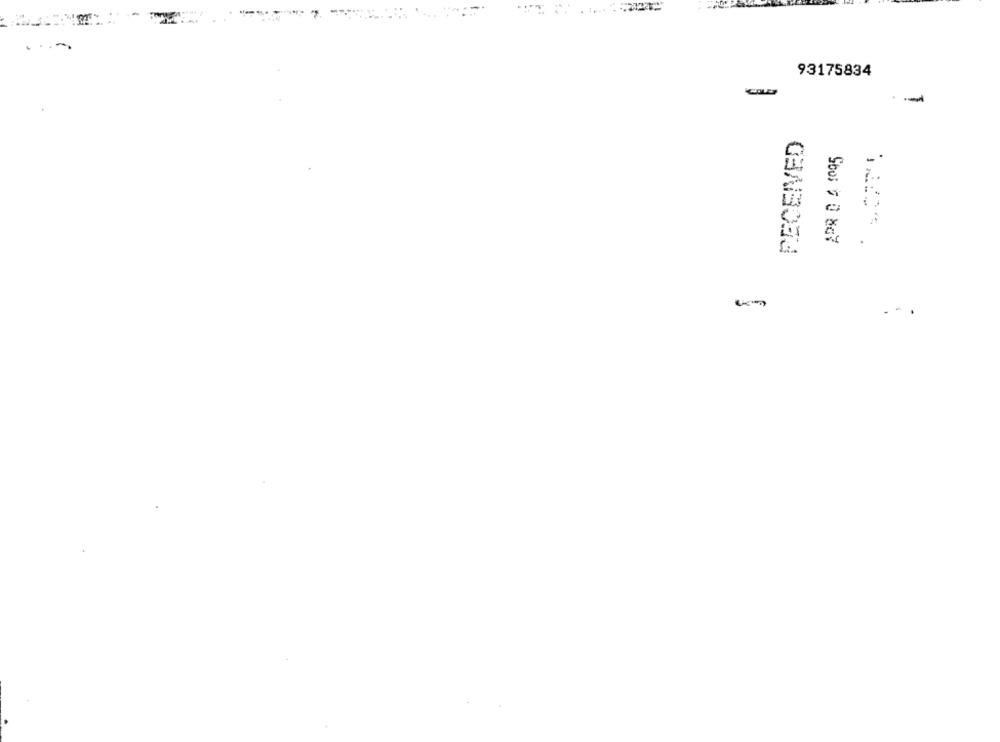
93175834
--
RECEIVED